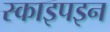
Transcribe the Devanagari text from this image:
स्काइपइन